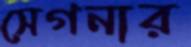
সেগনার